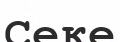
Секе